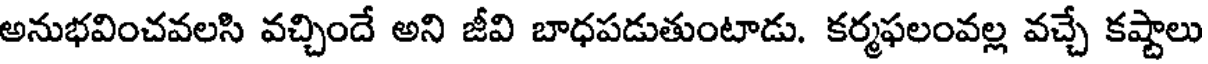
అనుభవించవలసి వచ్చిందే అని జీవి బాధపడుతుంటాడు. కర్మఫలంవల్ల వచ్చే కష్టాలు